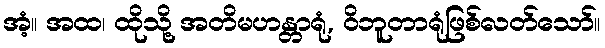
အံ့။ အထ၊ ထိုသို့ အတိမဟန္တာရုံ, ဝိဘူတာရုံဖြစ်လတ်သော်။